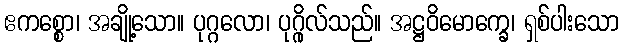
ဧကစ္စော၊ အချို့သော။ ပုဂ္ဂလော၊ ပုဂ္ဂိုလ်သည်။ အဋ္ဌဝိမောက္ခေ၊ ရှစ်ပါးသော